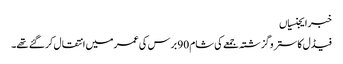
خبر ایجنسیاں
فیڈل کاسترو گزشتہ جمعے کی شام 90 برس کی عمر میں انتقال کر گئے تھے۔